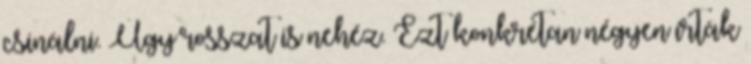
csinálni. Úgy rosszat is nehéz. Ezt konkrétan négyen írták